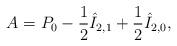
LaTeX: \begin{align*} A=P_0-\frac{1}{2}\hat{I}_{2,1}+\frac{1}{2}\hat{I}_{2,0},\end{align*}